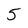
Character: 5